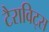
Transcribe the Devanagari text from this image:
टैराविट्स